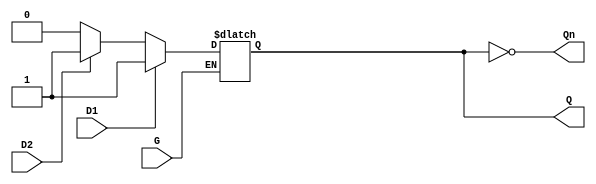
module dual_input_gated_latch (
    input wire D1,      // First data input
    input wire D2,      // Second data input
    input wire G,       // Enable signal
    output reg Q,       // Output
    output wire Qn      // Complement of output Q
);
    
    assign Qn = ~Q; // Q Not output

    always @(*) begin
        if (G) begin
            // When G is HIGH, sample the inputs
            if (D1) begin
                Q = D1; // Prioritize D1 when HIGH
            end else if (D2) begin
                Q = D2; // Take D2 if D1 is LOW
            end else begin
                Q = 0; // Both inputs LOW
            end
        end
        // When G is LOW, retain the last state of Q
    end

endmodule